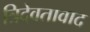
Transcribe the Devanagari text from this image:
त्रिदेवतावाद